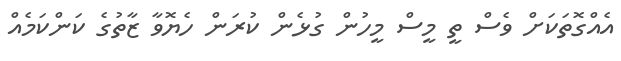
އެއްގޮތަކަށް ވެސް ތީ މީސް މީހުން ގުޅެން ކުރަން ހެޔޮވާ ޒާތުގެ ކަންކަމެއް